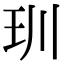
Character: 玔